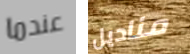
عندما مناديل